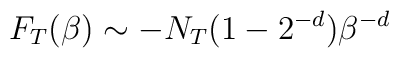
F_{T}(\beta) \sim -N_{T}(1-2^{-d})\beta^{-d}